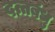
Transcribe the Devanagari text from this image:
दत्तबंधु